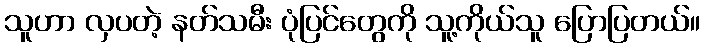
သူဟာ လှပတဲ့ နတ်သမီး ပုံပြင်တွေကို သူ့ကိုယ်သူ ပြောပြတယ်။